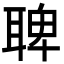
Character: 聛